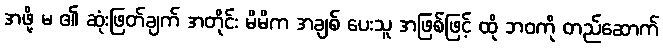
အဖို့ မ ၏ ဆုံးဖြတ်ချက် အတိုင်း မိမိက အချစ် ပေးသူ အဖြစ်ဖြင့် ထို ဘဝကို တည်ဆောက်